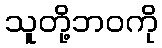
သူတို့ဘဝကို